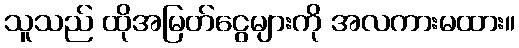
သူသည် ထိုအမြတ်ငွေများကို အလကားမထား။